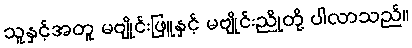
သူနှင့်အတူ မဗျိုင်းဖြူနှင့် မဗျိုင်းညိုတို့ ပါလာသည်။